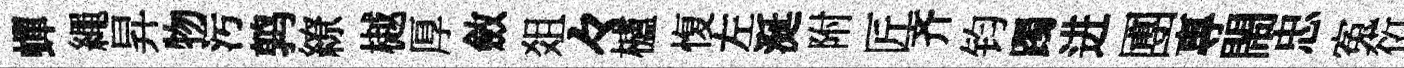
蟬繩昇物污鹑繚樾厚斂爼々櫨愎左涎附匠齐钧躅进圑專閙忠寃衍